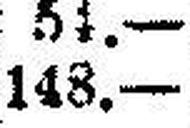
148.—